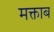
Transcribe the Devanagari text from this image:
मक्ताब